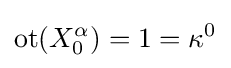
\mathrm {ot} (X_{0}^{\alpha })=1=\kappa ^{0}